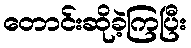
တောင်းဆိုခဲ့ကြပြီး